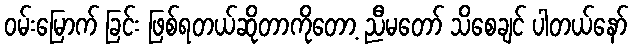
ဝမ်းမြောက် ခြင်း ဖြစ်ရတယ်ဆိုတာကိုတော့ ညီမတော် သိစေချင် ပါတယ်နော်